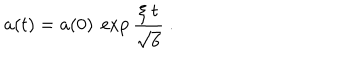
a ( t ) = a ( 0 ) ~ \exp { { { \frac { \xi \ t } { \sqrt 6 } } } } ~ .